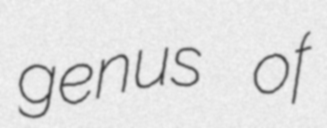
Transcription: genus of